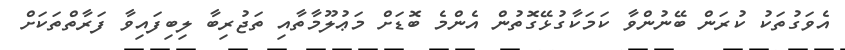
އެވަގުތަކު ކުރަން ބޭނުންވާ ކަމަކާގުޅޭގޮތުން އެންމެ ބޮޑަށް މަޢުލޫމާތާއި ތަޖުރިބާ ލިބިފައިވާ ފަރާތްތަކަށް